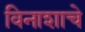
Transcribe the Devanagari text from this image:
विनाशाचे